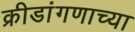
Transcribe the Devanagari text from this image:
क्रीडांगणाच्या